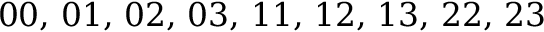
0 0 , \, 0 1 , \, 0 2 , \, 0 3 , \, 1 1 , \, 1 2 , \, 1 3 , \, 2 2 , \, 2 3